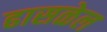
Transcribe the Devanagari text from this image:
ढासळेल